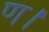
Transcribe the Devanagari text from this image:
ण।